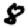
Digit: 8